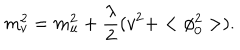
LaTeX: m _ { v } ^ { 2 } = m _ { u } ^ { 2 } + \frac { \lambda } { 2 } ( v ^ { 2 } + < \phi _ { 0 } ^ { 2 } > ) .